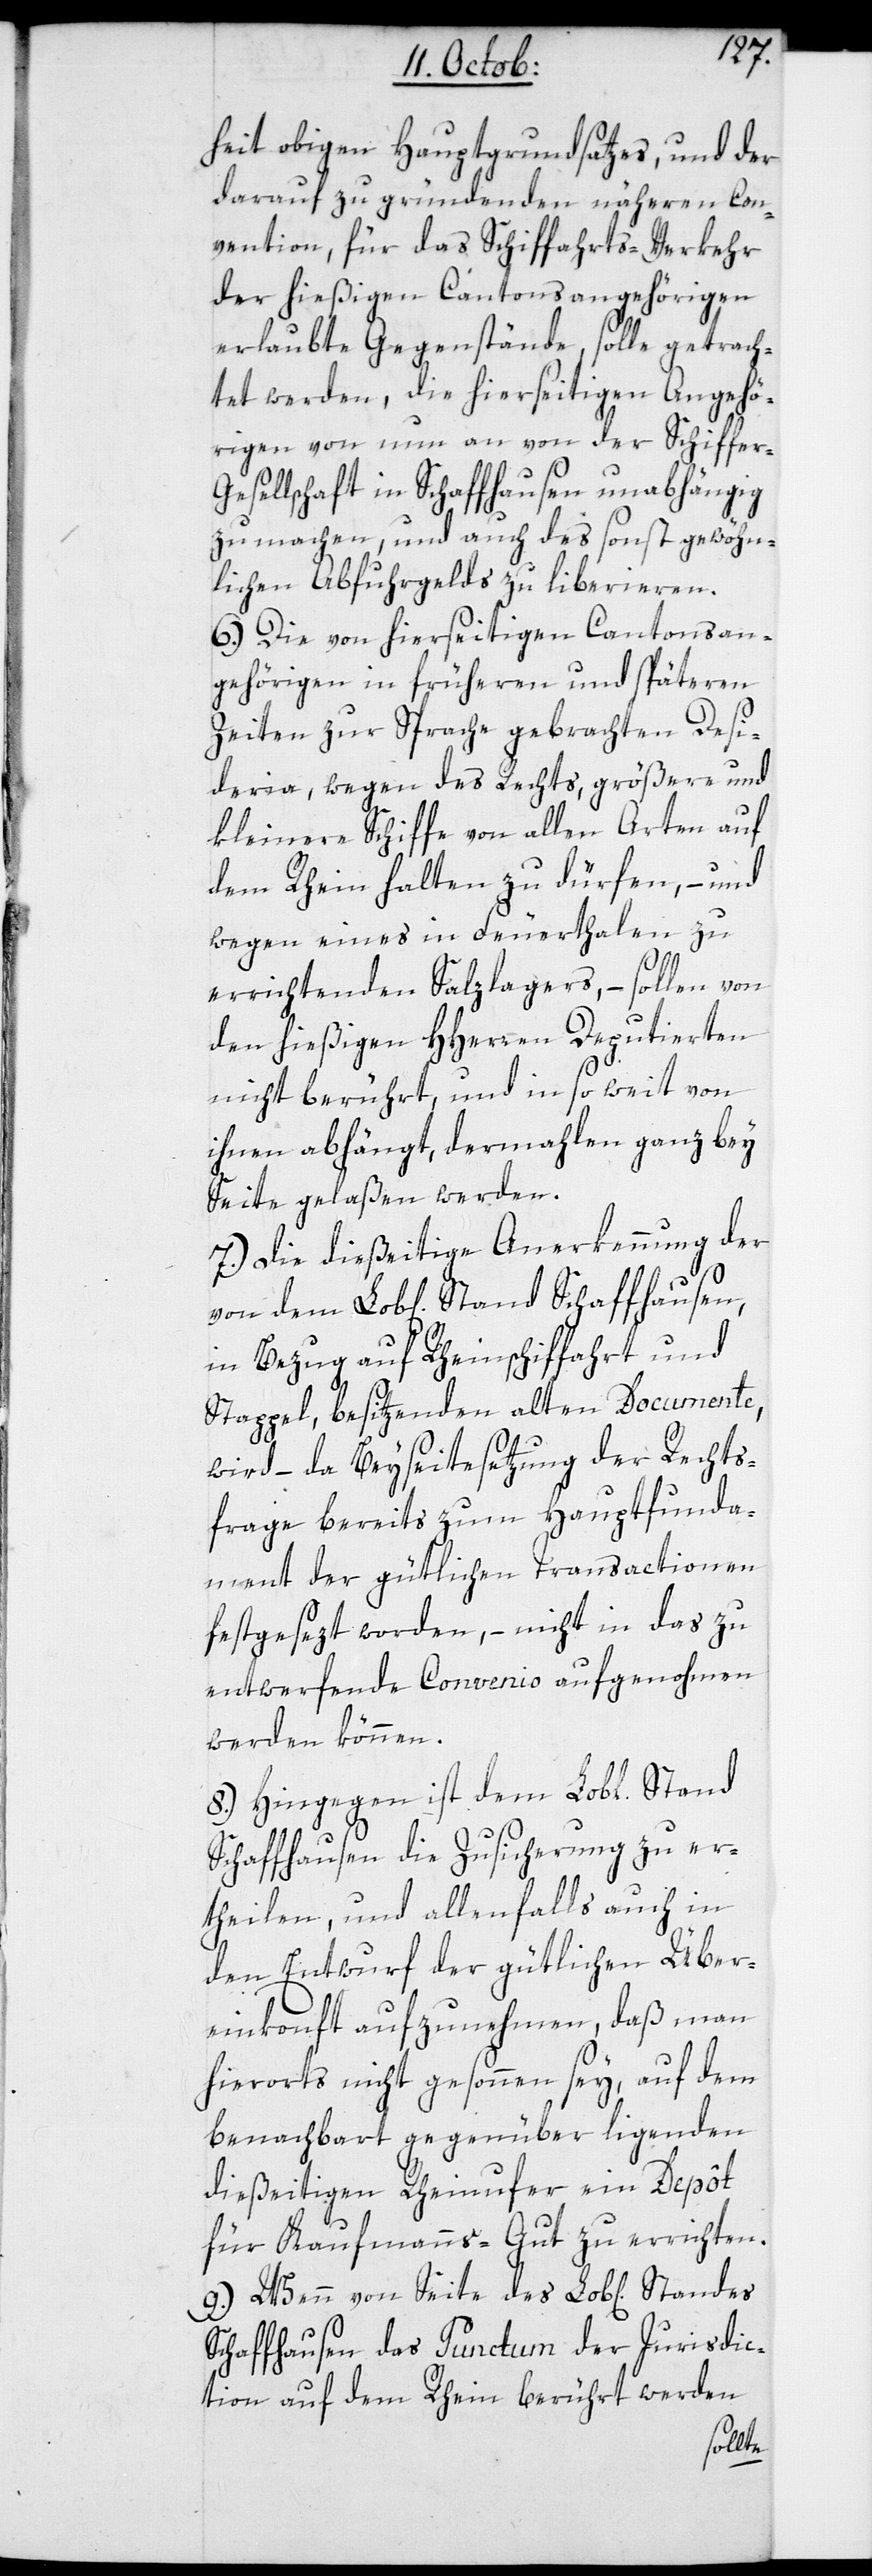
heit obigen Hauptgrundsatzes, und der
darauf zu gründenden näheren Con¬
vention, für das Schiffahrts-Verkehr
der hießigen Cantonsangehörigen
erlaubte Gegenstände, solle getrach¬
tet werden, die hierseitigen Angehö¬
rigen von nun an von der Schiffer-G¬
esellschaft in Schaffhausen unabhängig
zu machen, und auch des sonst gewöhn¬
lichen Abfuhrgelds zu liberieren.
6.) Die von hierseitigen Cantonsan¬
gehörigen in früheren und späteren
Zeiten zur Sprache gebrachten Desi¬
deria, wegen des Rechts, größere und
kleinere Schiffe von allen Arten auf
dem Rhein halten zu dürfen, – und
wegen eines in Feuerthalen zu
errichtenden Salzlagers, – sollen von
den hießigen HHerren Deputierten
nicht berührt, und in so weit von
ihnen abhängt, dermahlen ganz bey
Seite gelaßen werden.
7.) Die dießeitige Anerkennung der
in Bezug auf Rheinschiffahrt und
Stappel, besitzenden alten Documente,
wird – da Beyseitesetzung der Rechts¬
frage bereits zum Hauptfunda¬
ment der gütlichen Transactionen
festgesezt worden, – nicht in das zu
entwerfende Convenio aufgenohmen
werden können.
8.) Hingegen ist dem Lobl[ichen]
Schaffhausen die Zusicherung zu er¬
theilen, und allenfalls auch in
den Entwurf der gütlichen Über¬
einkonft aufzunehmen, daß man
hierorts nicht gesonnen sey, auf dem
benachbart gegenüber liegenden
dießeitigen Rheinufer ein Depôt
für Kaufmannsgut zu errichten.
9.) Wenn von Seite des Lobl[ichen]
Schaffhausen das Punctum der Jurisdic¬
tion auf dem Rhein berührt werden